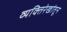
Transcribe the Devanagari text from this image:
व्यक्तिरेखांतून